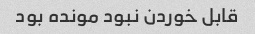
قابل خوردن نبود مونده بود